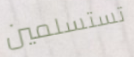
تستسلمين